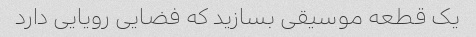
یک قطعه موسیقی بسازید که فضایی رویایی دارد